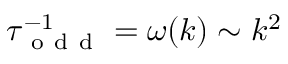
\tau _ { \mathrm { ~ o ~ d ~ d ~ } } ^ { - 1 } = \omega ( k ) \sim k ^ { 2 }